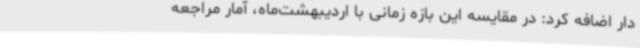
دار اضافه کرد: در مقایسه این بازه زمانی با اردیبهشت‌ماه، آمار مراجعه